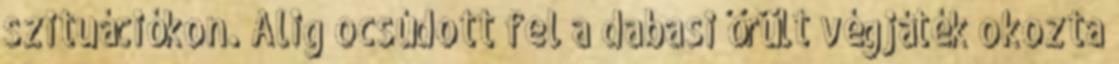
szituációkon. Alig ocsúdott fel a dabasi őrült végjáték okozta